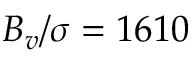
B _ { v } / \sigma = 1 6 1 0